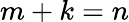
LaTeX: m+k=n